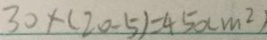
3 0 \times ( 2 0 - 5 ) = 4 5 0 ( m ^ { 2 } )